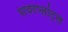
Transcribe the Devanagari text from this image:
पावरप्लांट्स